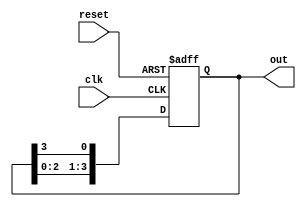
module ring_counter #(
    parameter N = 4  // Number of states (flip-flops)
)(
    input wire clk,       // Clock signal
    input wire reset,     // Asynchronous reset signal
    output reg [N-1:0] out // Output representing the current state
);

// Internal signal to hold the next state
reg [N-1:0] next_state;

// Sequential logic for the ring counter
always @(posedge clk or posedge reset) begin
    if (reset) begin
        // Initialize to the first state (only the first flip-flop is set)
        out <= 1'b1 << 0; // Set the first flip-flop to '1', others to '0'
    end else begin
        // Update the state on the rising edge of the clock
        out <= next_state;
    end
end

// Combinational logic to determine the next state
always @(*) begin
    // Shift the '1' to the left, wrapping around
    next_state = {out[N-2:0], out[N-1]}; // Shift left and wrap around
end

endmodule